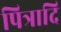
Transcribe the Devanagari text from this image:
पित्रादि